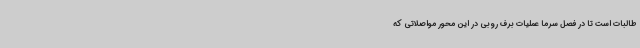
طالبات است تا در فصل سرما عملیات برف روبی در این محور مواصلاتی که